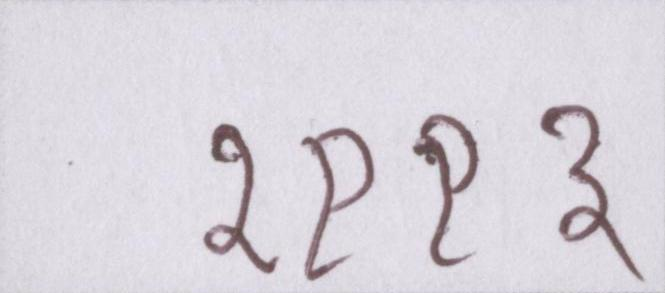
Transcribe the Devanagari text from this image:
१९९३